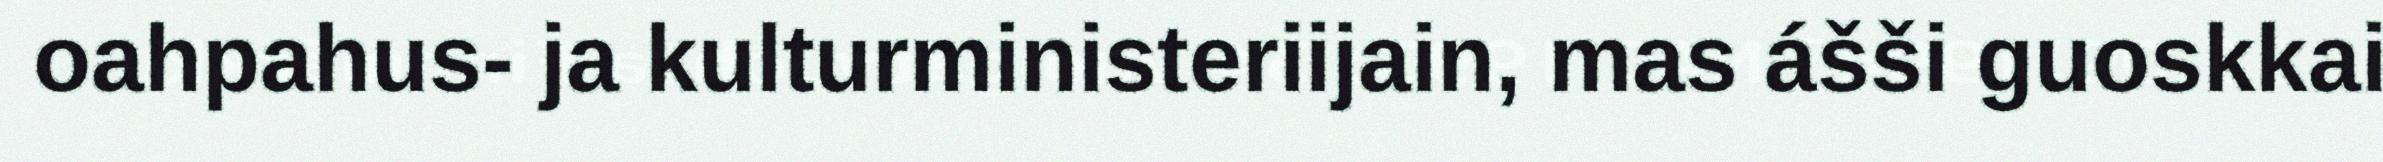
oahpahus- ja kulturministeriijain, mas ášši guoskkai